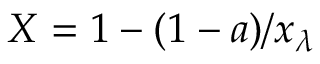
X = 1 - ( 1 - a ) / x _ { \lambda }